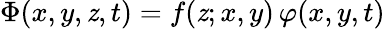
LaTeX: \Phi(x,y,\mathit{z},t)=f(\mathit{z};x,y)\, \varphi(x,y,t)